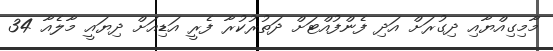
މާމިގިއްޔާއި ދިގުރަށް އަދި ފެންފުއްޓަށް ދަތުރުކުރާ ފެރީ އަޑިއަށް ދިޔައީ މާލެއާ 34